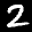
Label: 2